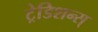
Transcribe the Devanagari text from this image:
ट्रेडिशन्स्‌